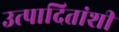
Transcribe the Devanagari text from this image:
उत्पादितांशी